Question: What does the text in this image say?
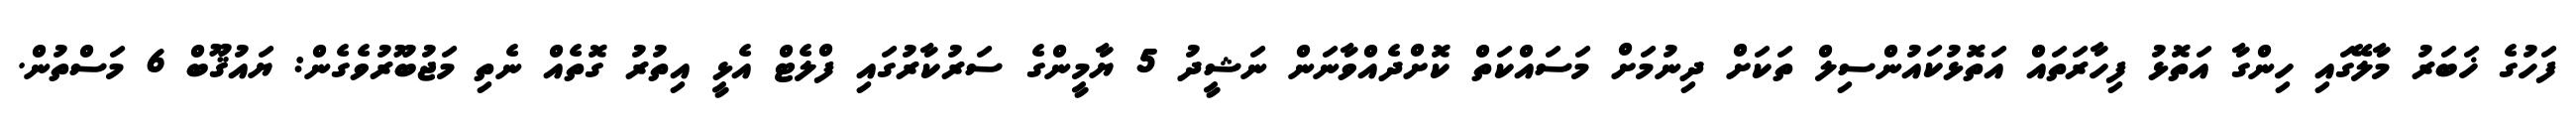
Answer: ފަހުގެ ޚަބަރު މާލޭގައި ހިންގާ އަތޮޅު ފިހާރަތައް އަތޮޅުކައުންސިލް ތަކަށް ދިނުމަށް މަސައްކަތް ކޮށްދެއްވާނަން ނަޝީދު 5 ޔާމީންގެ ސަރުކާރުގައި ފްލެޓް އެޅީ އިތުރު ގޮތެއް ނެތި މަޖުބޫރުވެގެން: ޔައުޤޫބް 6 މަސްތުން.